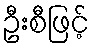
ဦးစီဖြင့်